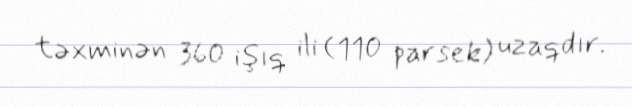
təxminən 360 işıq ili (110 parsek) uzaqdır.